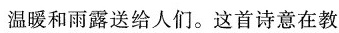
温暖和雨露送给人们。这首诗意在教